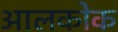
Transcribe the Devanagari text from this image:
आलकोक